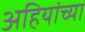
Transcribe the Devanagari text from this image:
अहियांच्या